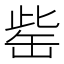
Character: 𦈬